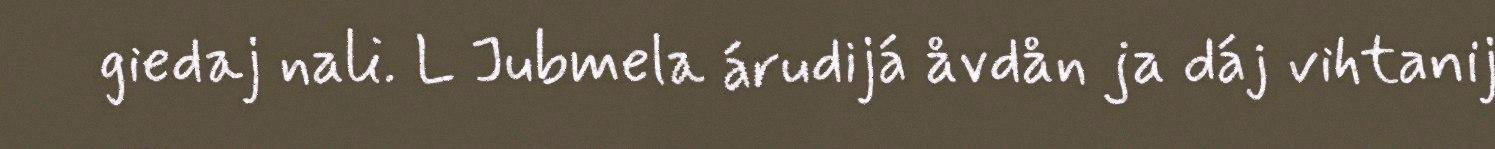
giedaj nali. L Jubmela árudijá åvdån ja dáj vihtanij